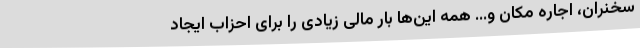
سخنران، اجاره مکان و... همه این‌ها بار مالی زیادی را برای احزاب ایجاد